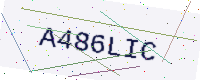
Text: A486LIC